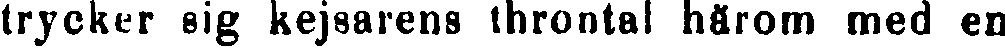
trycker sig kejsarens throntal härom med en